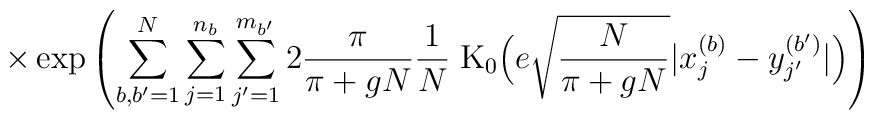
\times\exp \left(\sum_{b, b^\prime=1}^N \sum_{j=1}^{n_b} \sum_{j^\prime=1}^{m_{b^\prime}}2 \frac{\pi}{\pi+gN} \frac{1}{N} \; \mbox{K}_0\Big( e \sqrt{\frac{N}{\pi+gN}} |x_j^{(b)} - y_{j^\prime}^{(b^\prime)}|\Big) \right)